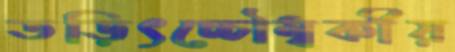
তড়িৎচ্চৌম্বকীয়